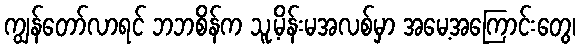
ကျွန်တော်လာရင် ဘဘစိန်က သူ့မိန်းမအလစ်မှာ အမေ့အကြောင်းတွေ၊